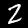
Digit: 2